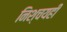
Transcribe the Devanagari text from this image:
निश्चयही